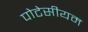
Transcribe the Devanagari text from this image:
पोटेसीयम